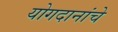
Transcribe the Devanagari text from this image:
योगदानांचे